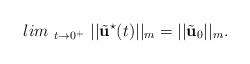
LaTeX: \begin{align*}lim_{~t \rightarrow 0^{+}~}||\tilde{\textbf{u}}^{\star}(t)||_{m} = ||\tilde{\textbf{u}}_{0}||_{m}.\end{align*}